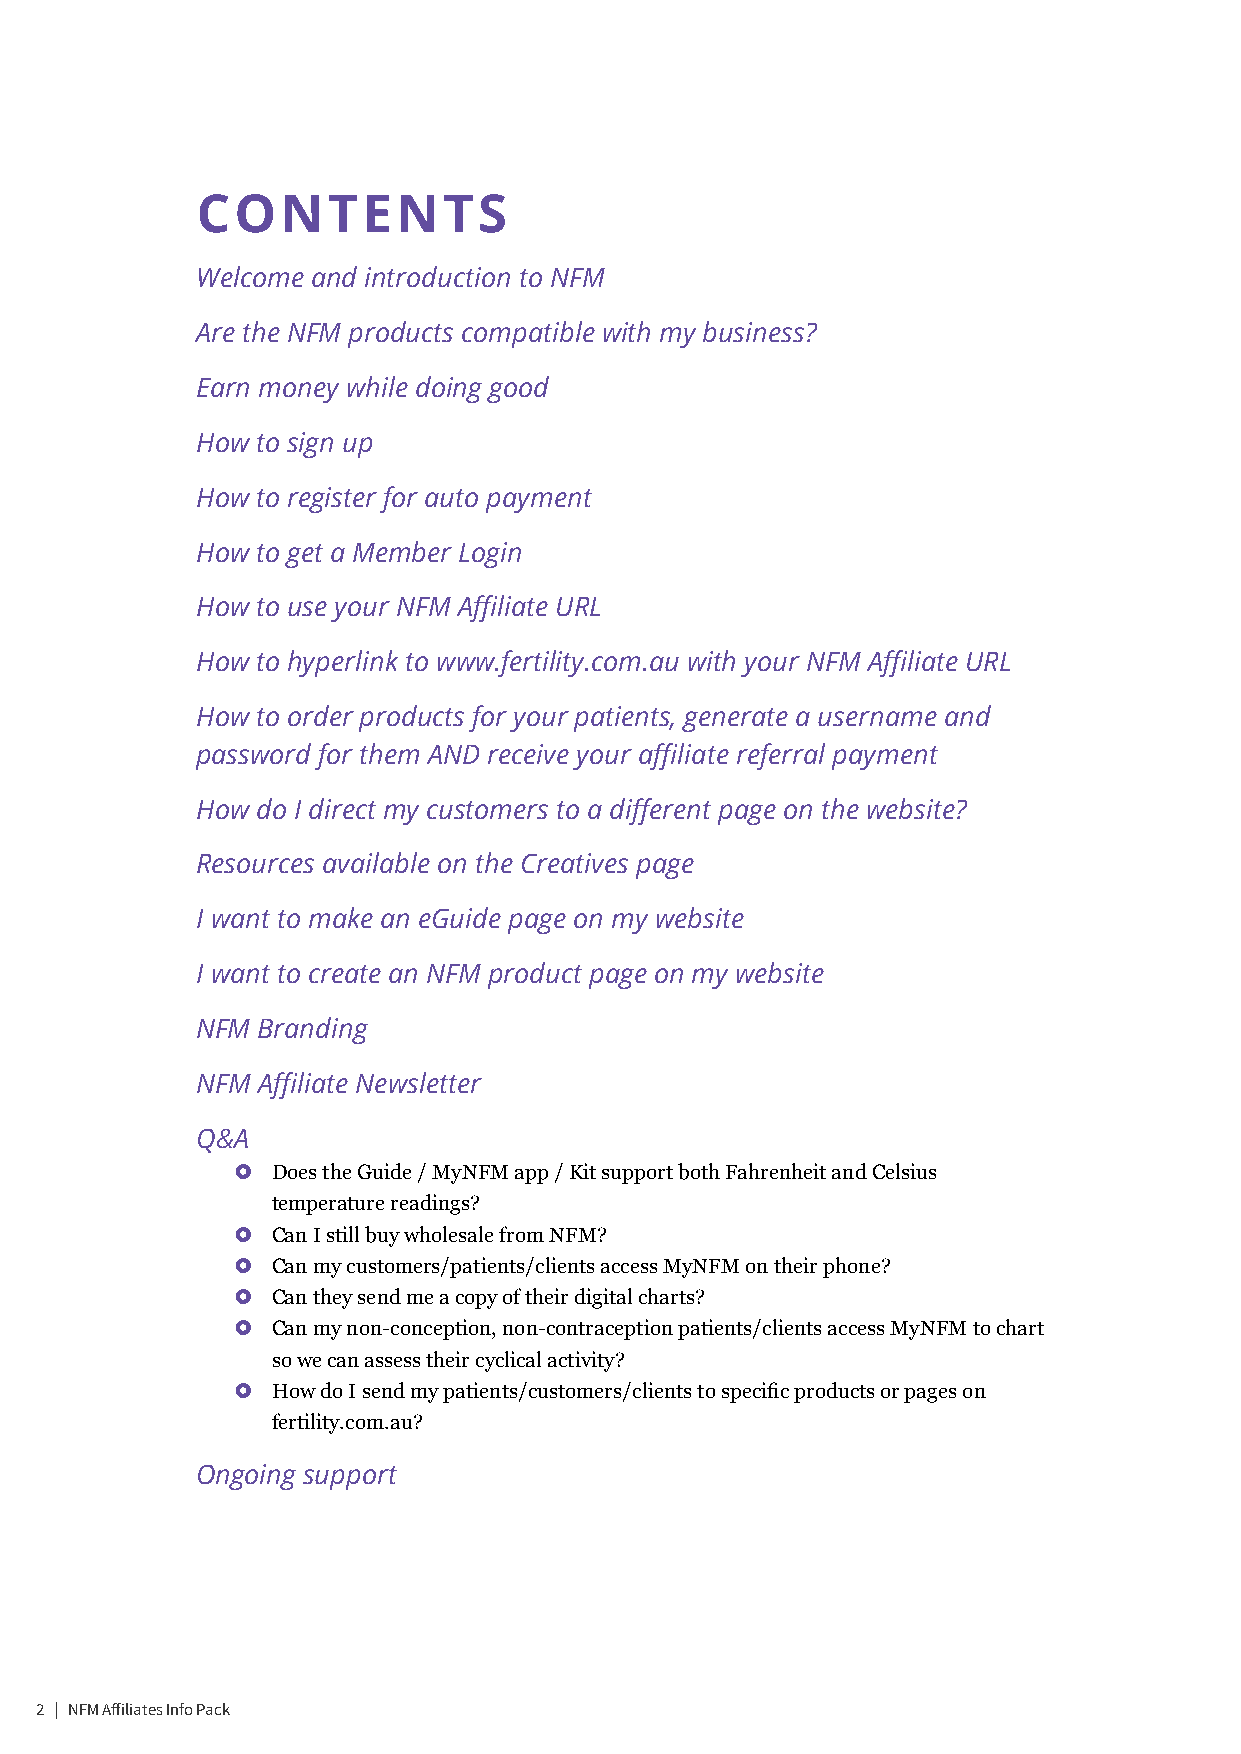
CONTENTS
 Welcome and introduction to NFM
 Are the NFM products compatible with my business?
 Earn money while doing good
 How to sign up
 How to register for auto payment
 How to get a Member Login
 How to use your NFM Affiliate URL
 How to hyperlink to www.fertility.com.au with your NFM Affiliate URL
 How to order products for your patients, generate a username and
 password for them AND receive your affiliate referral payment
 How do I direct my customers to a different page on the website?
 Resources available on the Creatives page
 I want to make an eGuide page on my website
 I want to create an NFM product page on my website
 NFM Branding
 NFM Affiliate Newsletter
 Q&A
 £  Does the Guide / MyNFM app / Kit support both Fahrenheit and Celsius
 temperature readings?
 £  Can I still buy wholesale from NFM?
 £  Can my customers/patients/clients access MyNFM on their phone?
 £  Can they send me a copy of their digital charts?
 £  Can my non-conception, non-contraception patients/clients access MyNFM to chart
 so we can assess their cyclical activity?
 £  How do I send my patients/customers/clients to specific products or pages on
 fertility.com.au?
 Ongoing support
 2 | NFM Affiliates Info Pack